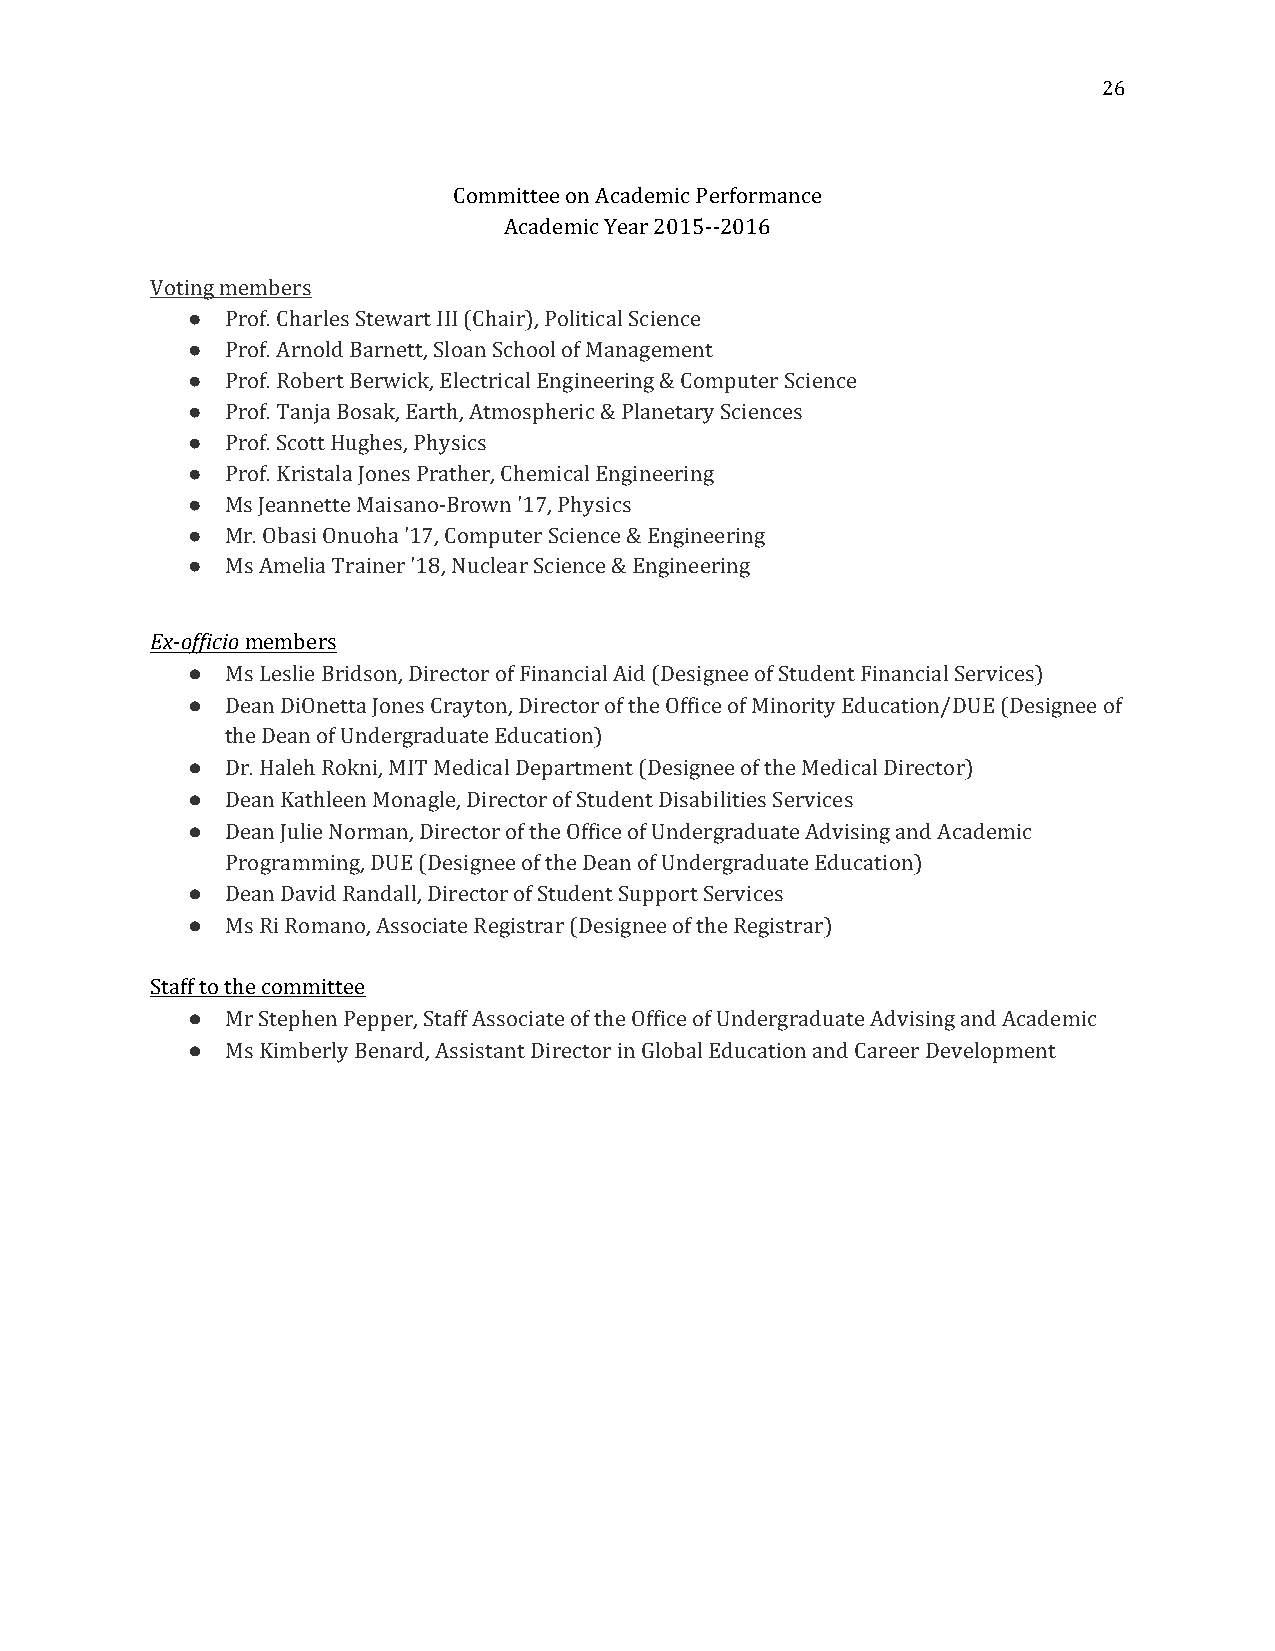
26
 Committee on Academic Performance
 Academic Year 2015--2016
 Voting members
 ●  Prof. Charles Stewart III (Chair), Political Science
 ●  Prof. Arnold Barnett, Sloan School of Management
 ●  Prof. Robert Berwick, Electrical Engineering & Computer Science
 ●  Prof. Tanja Bosak, Earth, Atmospheric & Planetary Sciences
 ●  Prof. Scott Hughes, Physics
 ●  Prof. Kristala Jones Prather, Chemical Engineering
 ●  Ms Jeannette Maisano-Brown '17, Physics
 ●  Mr. Obasi Onuoha '17, Computer Science & Engineering
 ●  Ms Amelia Trainer '18, Nuclear Science & Engineering
 Ex-officio members
 ●  Ms Leslie Bridson, Director of Financial Aid (Designee of Student Financial Services)
 ●  Dean DiOnetta Jones Crayton, Director of the Office of Minority Education/DUE (Designee of
 the Dean of Undergraduate Education)
 ●  Dr. Haleh Rokni, MIT Medical Department (Designee of the Medical Director)
 ●  Dean Kathleen Monagle, Director of Student Disabilities Services
 ●  Dean Julie Norman, Director of the Office of Undergraduate Advising and Academic
 Programming, DUE (Designee of the Dean of Undergraduate Education)
 ●  Dean David Randall, Director of Student Support Services
 ●  Ms Ri Romano, Associate Registrar (Designee of the Registrar)
 Staff to the committee
 ●  Mr Stephen Pepper, Staff Associate of the Office of Undergraduate Advising and Academic
 ●  Ms Kimberly Benard, Assistant Director in Global Education and Career Development